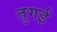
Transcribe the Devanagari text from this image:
तुगई